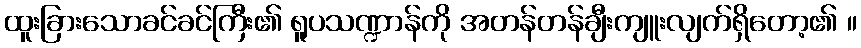
ထူးခြားသောခင်ခင်ကြီး၏ ရူပသဏ္ဍာန်ကို အတန်တန်ချီးကျူးလျက်ရှိတော့၏ ။